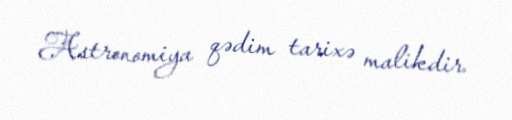
Astronomiya qədim tarixə malikdir.